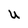
Character: U